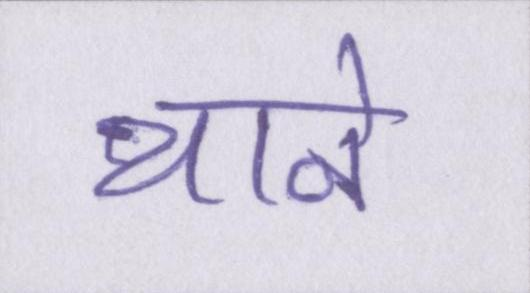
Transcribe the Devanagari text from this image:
थाने